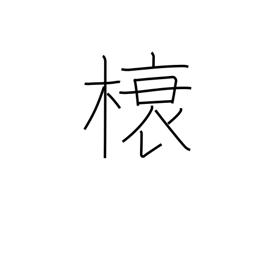
Meaning: rafter